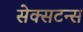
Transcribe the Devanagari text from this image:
सेक्सटन्स